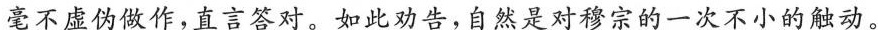
毫不虚伪做作，直言答对。如此劝告，自然是对穆宗的一次不小的触动。